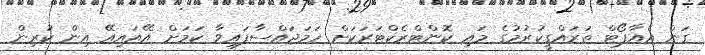
ގަން އެއާޕޯޓް ތަރައްގީކުރުމުގެ މައި ކޮންޓްރެކްޓަރަކަށް ހަމަޖައްސާފައިވާ ކަމަށް އޭއައިއޭ އިން ކުރިން